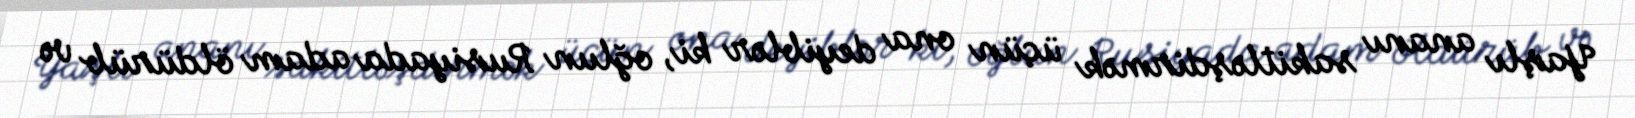
Yaşlı ananı sakitləşdirmək üçün ona deyiblər ki, oğlun Rusiyada adam öldürüb və